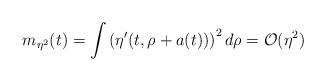
LaTeX: \begin{align*}m_{\eta^2}(t)=\int\left(\eta'(t,\rho+a(t))\right)^2d\rho = {\cal O}(\eta^2)\end{align*}